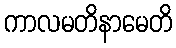
ကာလမတိနာမေတိ